Medical and sanitary report of the native army of Bengal for the year
Year: 1874
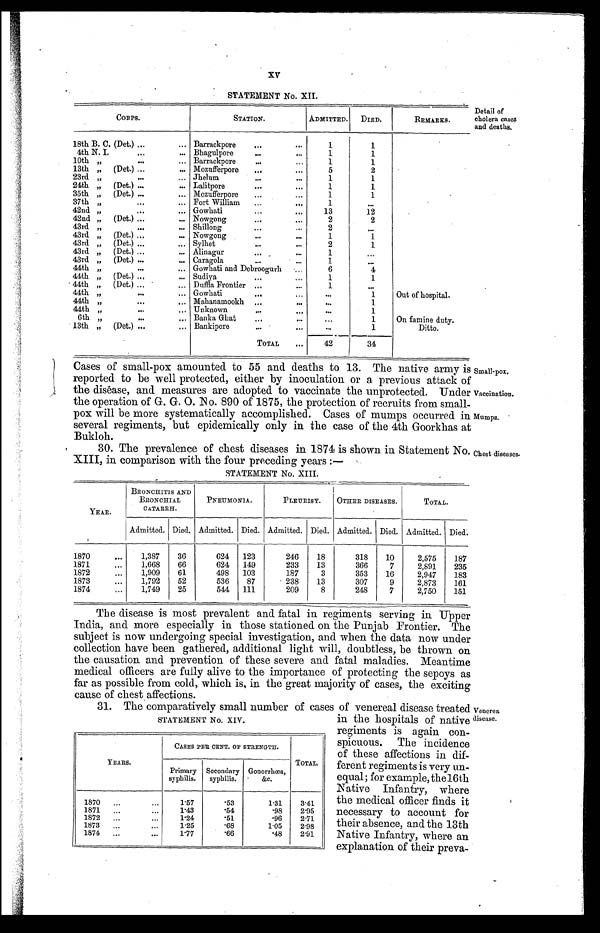
XV
STATEMENT No. XII.
CORPS.
STATION.
ADMITTED.
DIED.
REMARKS.
18th B. C. (Det.) . . . Barrackpore . . .
1
1
4th N. I. . . . Bhagulpore . . .
1
1
10th " . . . Barrackpore . . .
1
1
13th " (Det.) . . . Mozufferpore . . .
5
2
23rd " . . . Jhelum . . .
1
1
24th " (Det.) . . . Lalitpore . . .
1
1
35th " (Det.) . . . Mozufferpore . . .
1
1
37th " . . . Fort William . . .
1
. . .
42nd " . . . Gowhati . . .
13
12
42nd " (Det.) . . . Nowgong . . .
2
2
43rd " . . . Shillong . . .
2
. . .
43rd " (Det.) . . . Nowgong . . .
1
1
43rd " (Det.) . . . Sylhet . . .
2
1
43rd " (Det.) . . . Alinagur . . .
1
. . .
43rd " (Det.) . . . Caragola . . .
1
. . .
44th " . . . Gowhati and Debroogurh . . .
6
4
44th " (Det.) . . . Sudiya . . .
1
1
44th " (Det.) . . . Duffla Frontier . . .
1
. . .
44th " . . . Gowhati . . .
. . .
1
Out of hospital.
44th " . . . Mahanamookh . . .
. . .
1
44th " . . . Unknown . . .
. . .
1
6th " . . . Banka Ghat . . .
. . .
1
On famine duty.
13th " (Det.) . . . Bankipore . . .
. . .
1
Ditto.
TOTAL . . .
42
34
Detail of
cholera cases
and deaths.
Cases of small-pox amounted to 55 and deaths to 13. The native army is
reported to be well protected, either by inoculation or a previous attack of
the disease, and measures are adopted to vaccinate the unprotected. Under
the operation of G. G. O. No. 890 of 1875, the protection of recruits from small
-pox will be more systematically accomplished. Cases of mumps occurred in
several regiments, but epidemically only in the case of the 4th Goorkhas at
Bukloh.
30. The prevalence of chest diseases in 1874 is shown in Statement No.
XIII, in comparison with the four preceding years:—
STATEMENT No. XIII.
Small-pox.
Vaccination.
Mumps.
Chest diseases.
YEAR.
BRONCHITIs AND
BRONCHIAL
CATARRH.
PNEUMONIA.
PLEURISY.
OTHER DISEASES.
TOTAL.
Admitted. Died. Admitted. Died. Admitted. Died. Admitted. Died. Admitted. Died.
1870 . . .
1,387
36
624
123
246
18
318
10
2,575
187
1871 . . .
1,668
66
624
149
233
13
366
7
2,891
235
1872 . . .
1,909
61
498
103
187
3
353
16
2,947
183
1873 . . .
1,792
52
536
87
238
13
307
9
2,873
161
1874 . . .
1,749
25
544
111
209
8
248
7
2,750
151
The disease is most prevalent and fatal in regiments serving in Upper
India, and more especially in those stationed on the Punjab Frontier. The
subject is now undergoing special investigation, and when the data now under
collection have been gathered, additional light will, doubtless, be thrown on
the causation and prevention of these severe and fatal maladies. Meantime
medical officers are fully alive to the importance of protecting the sepoys as
far as possible from cold, which is, in the great majority of cases, the exciting
cause of chest affections.
31. The comparatively small number of cases of venereal disease treated
in the hospitals of native
regiments is again con
-spicuous. The incidence
of these affections in dif
-ferent regiments is very un
-equal; for example, the 16th
Native Infantry, where
the medical officer finds it
necessary to account for
their absence, and the 13th
Native Infantry, where an
explanation of their preva
-
STATEMENT No. XIV.
YEARS.
CASES PER CENT. OF STRENGTH.
TOTAL.
Primary
syphilis.
Secondary
syphilis.
Gonorrhœa,
&c.
1870 . . .
1.57
.53
1.31
3.41
1871 . . .
1.43
.54
.98
2.95
1872 . . .
1.24
.51
.96
2.71
1873 . . .
1.25
.68
1.05
2.98
1874 . . .
1.77
.66
.48
2.91
Venerea
disease.